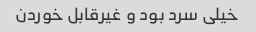
خیلی سرد بود و غیرقابل خوردن